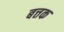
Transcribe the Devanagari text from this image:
बत्तक